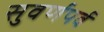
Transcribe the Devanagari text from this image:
सुवर्णपर्व